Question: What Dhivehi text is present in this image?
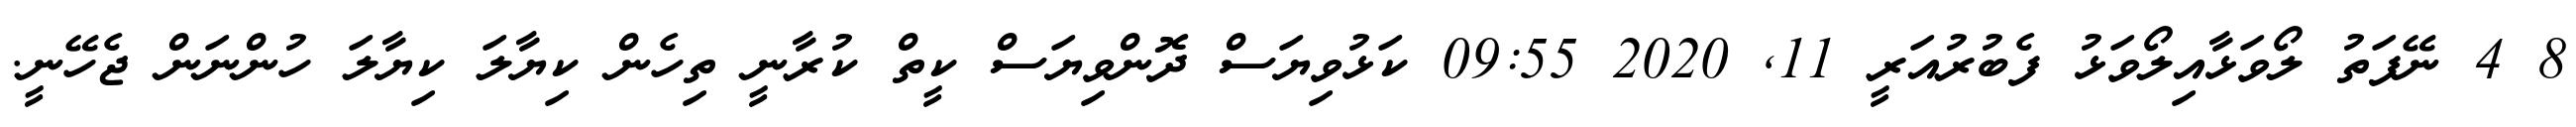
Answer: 8 4 ނޭފަތު ލޯވަޅާއިލޯވަޅު ފެބުރުއަރީ 11, 2020 09:55 ކަޅުވިޔަސް ދޮންވިޔަސް ކީތް ކުރާނީ ތިހެން ކިޔާލަ ކިޔާލަ ހުންނަން ޖެހޭނީ.